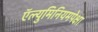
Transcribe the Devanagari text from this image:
ऍल्युमिनियमपेक्षा